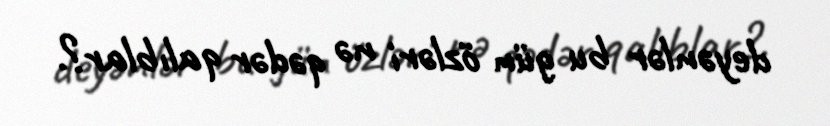
deyənlər bu gün özləri nə qədər qalıblar?.